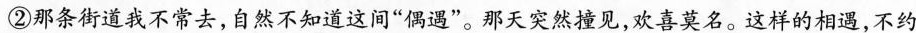
②那条街道我不常去,自然不知道这间“偶遇”那天突然撞见,欢喜莫名。这样的相遇,不约